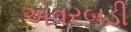
એવરબડી